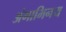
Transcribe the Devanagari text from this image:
अंगाभिनय